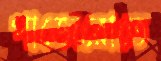
পাজেরোতে